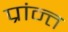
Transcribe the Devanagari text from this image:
प्रांन्त